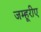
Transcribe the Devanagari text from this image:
जम्हूरीए